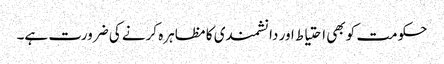
حکومت کو بھی احتیاط اور دانشمندی کا مظاہرہ کرنے کی ضرورت ہے۔